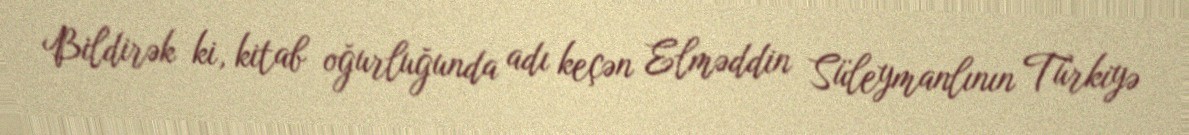
Bildirək ki, kitab oğurluğunda adı keçən Elməddin Süleymanlının Türkiyə